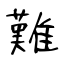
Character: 難